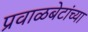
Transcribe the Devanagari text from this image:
प्रवाळबेटांच्या